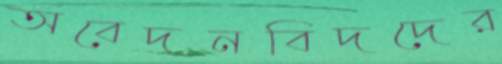
অবেদনবিদদের